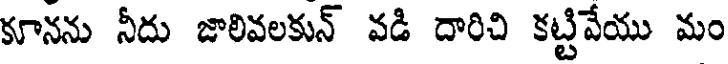
కూనను నీదు జాలివలకున్ వడి దారిచి కట్టివేయు మం